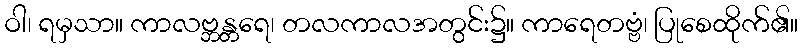
ဝါ၊ ရမှသာ။ ကာလဗ္ဘန္တရေ၊ တလကာလအတွင်း၌။ ကာရေတဗ္ဗံ၊ ပြုစေထိုက်၏။